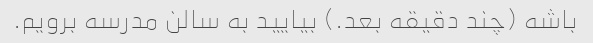
باشه (چند دقیقه بعد.) بیایید به سالن مدرسه برویم.